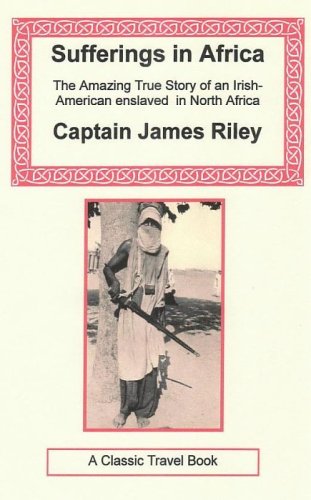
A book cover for Sufferings in Africa (Irish History Classics); James Riley; Biographies & Memoirs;